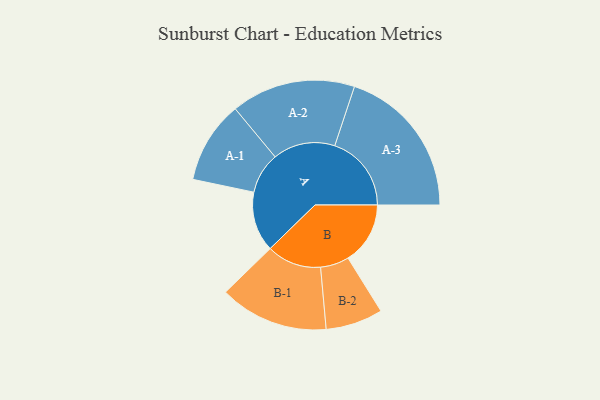
{"axis": {"x": "Segment", "y": "Value"}, "legend": ["", "A", "B"], "data": [{"x": "A", "y": 220, "type": ""}, {"x": "B", "y": 228, "type": ""}, {"x": "A-1", "y": 151, "type": "A"}, {"x": "A-2", "y": 228, "type": "A"}, {"x": "A-3", "y": 281, "type": "A"}, {"x": "B-1", "y": 200, "type": "B"}, {"x": "B-2", "y": 105, "type": "B"}]}